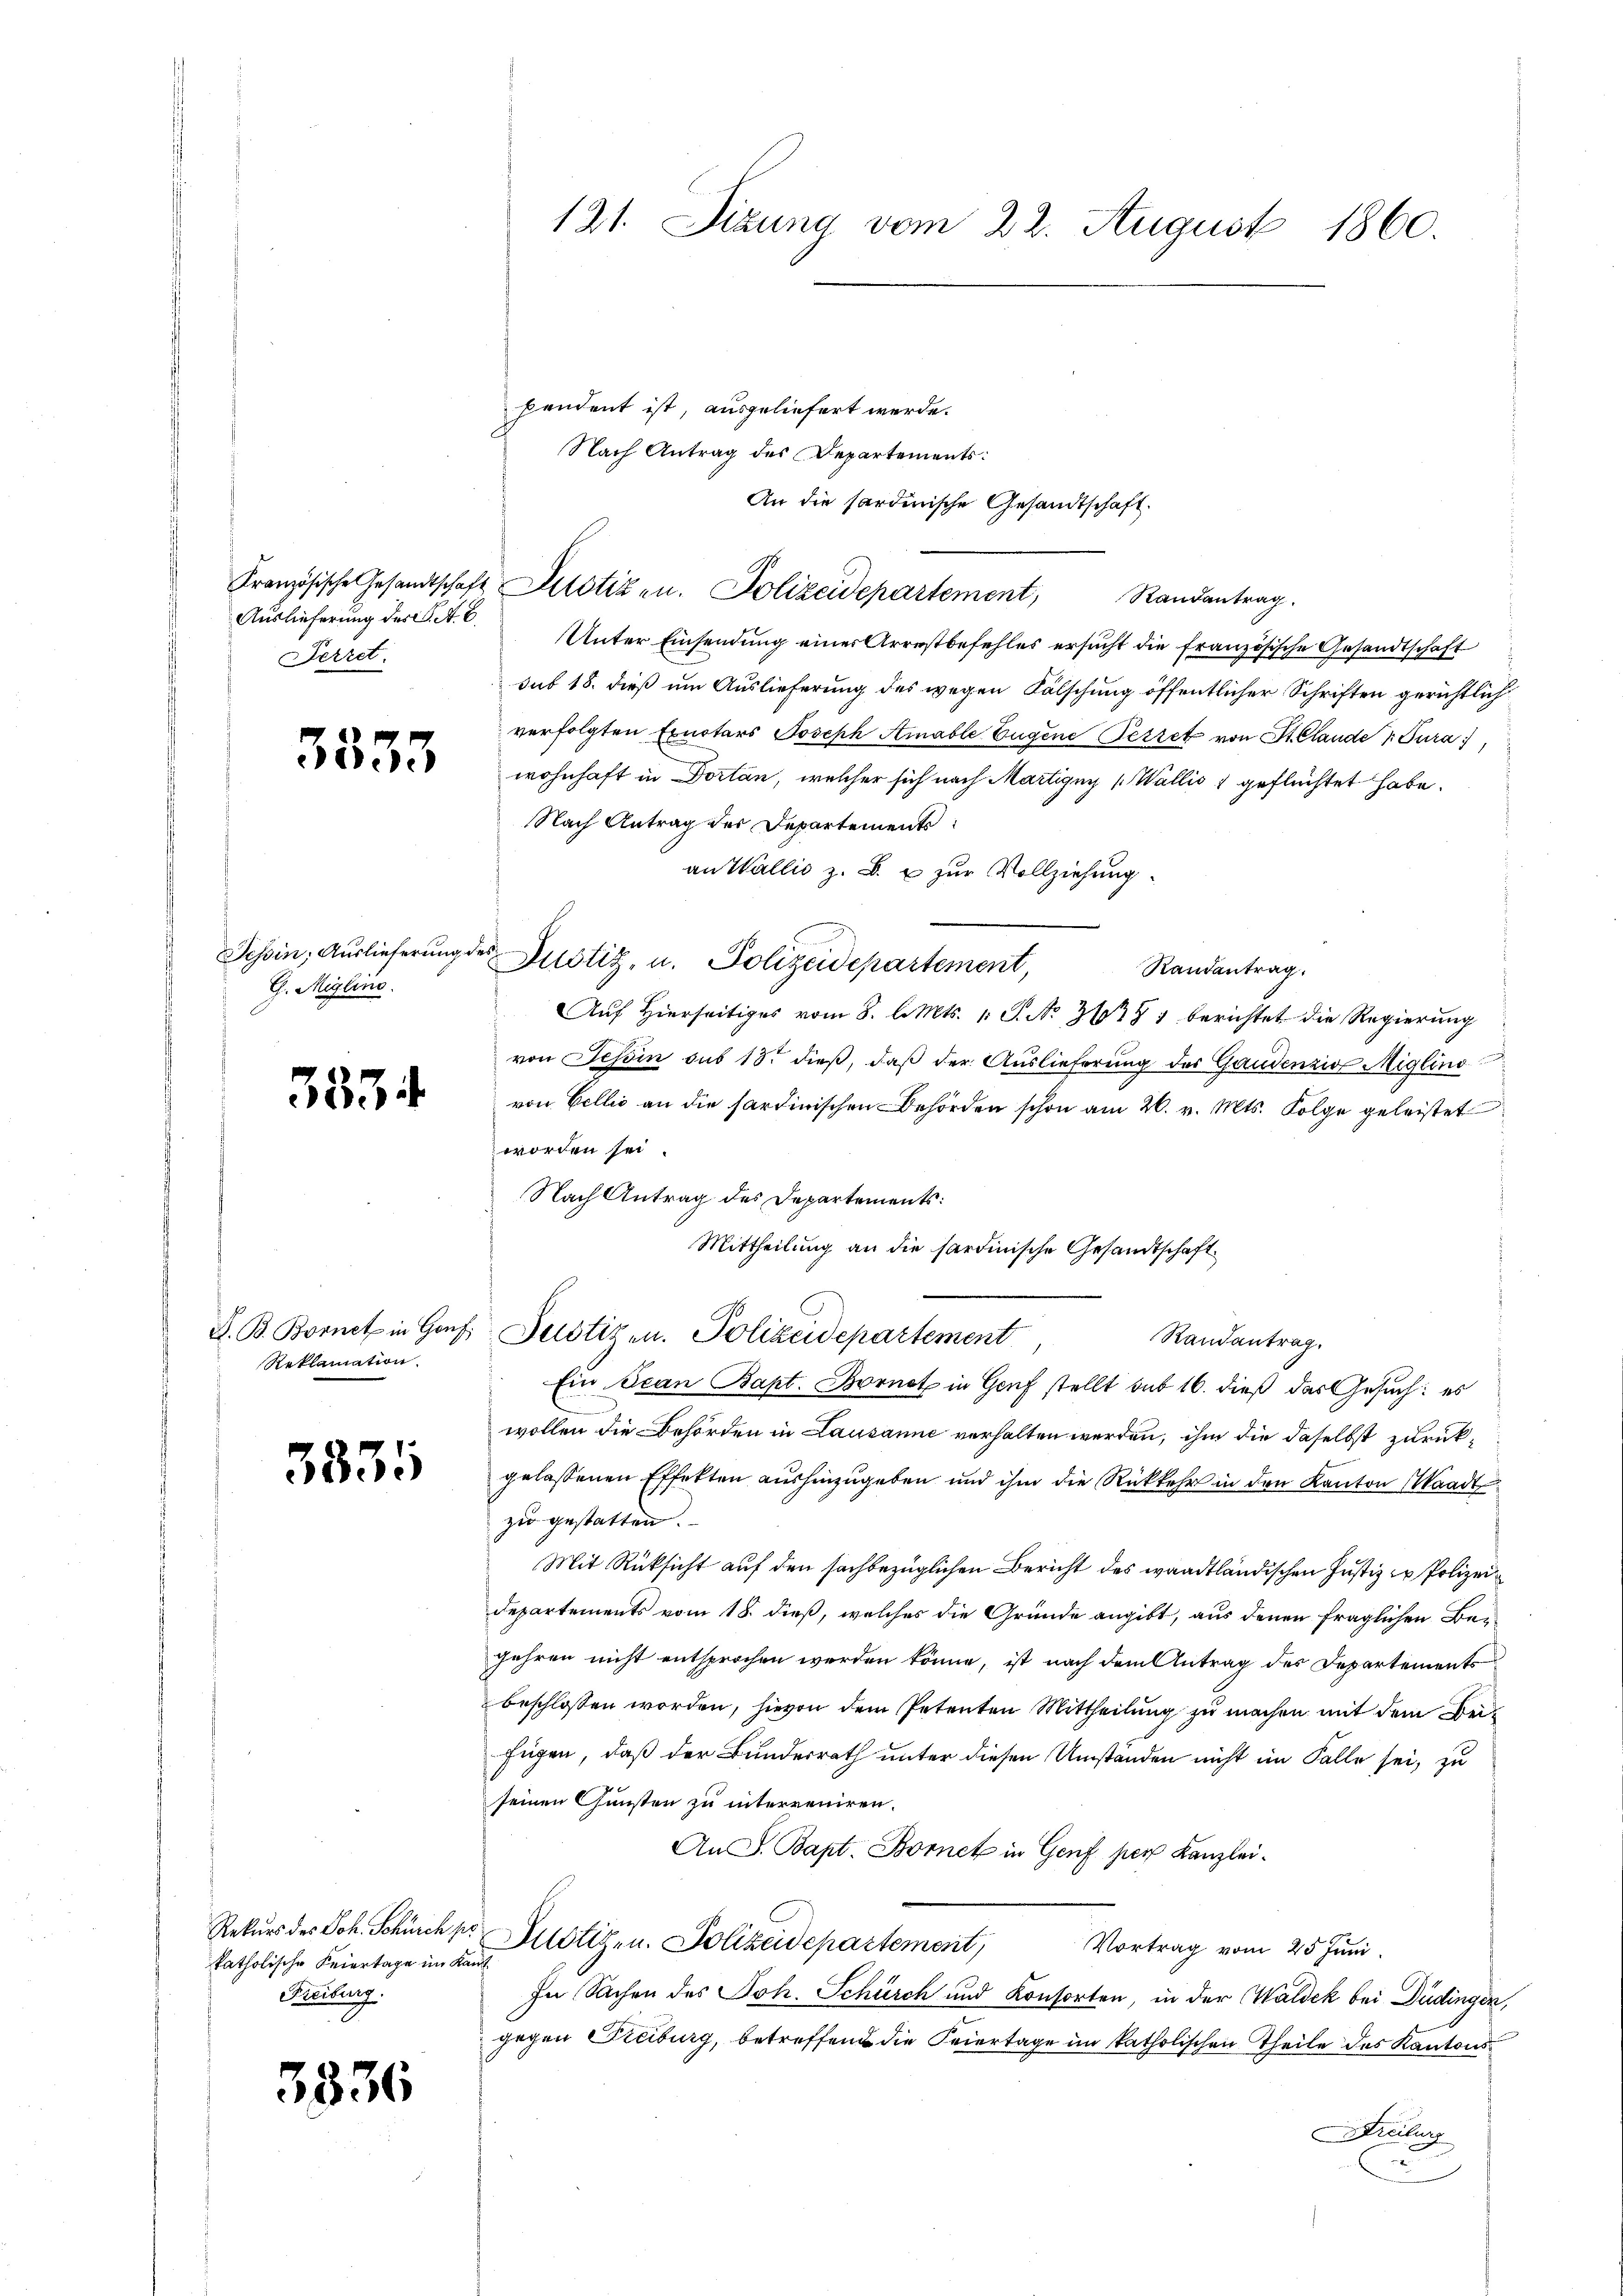
Französische Gesandtschaf
Auslieferung der K. A. E.
Perret.

3333

Tessin, Auslieferung.
G. Miglino.

3534

D. B. Bornet in Gou
Reklamation

3335

Rekurs des Joh. Schürch p.
katholische Feiertage im Ka
Freiburg.

5836

pendent ist, ausgeliefert werde.
Nach Antrag des Departements:
An die sardinische Gesandtschaft.
 Potizen. Polizeidepartement, Randantrag.
Unter Einsendung einer Arrestbefehles ersucht die französische Gesandtschaft
sub 18. dieß um Auslieferung des wegen Fälschung öffentlicher Schriften gerichtlich
verfolgten Exnotars Joseph Amable Eugene Petzet von St. Claude   Tura
wohnhaft in Portan, welcher sich nach Martigny (Wallis 1 geflüchtet habe.
Nach Antrag des Departements
an Wallis z. B. u zur Vollziehung.
Sec
Justiz, u. Polizeidepartement,
Randantrag.
Auf Hierseitiges vom 8. d. Mts. 1. P. No 36785 berichtet die Regierung
von Tessin sub 18. dieß, daß der Auslieferung des Gandenzio Miglino
von Cellis an die sardinischen Behörden schon am 26. v. Mts. Folge geleistet
worden sei.
Nach Antrag des Departements:
Mittheilung an die sardinische Gesandtschaft
Justizen. Polizeidepartement
Randantrag.
Ein Scan Bapt. Bornot in Genf stellt sub 16. dieß das Gesuch: es
wollen die Behörden in Lausanne verhalten werden, ihm die daselbst zurückgelassenen Effekten aushinzugeben und ihm die Rückkehr in den Kanton Waadt
zu gestatten.
Mit Rücksicht auf den sachbezüglichen Bericht des waadtländischen Justiz zu Polizei¬
Departements vom 18. dieß, welches die Gründe angibt, aus denen fraglichen Begehren nicht entsprochen werden könne, ist nach dem Antrag des Departements
beschlossen worden, hievon dem Petenten Mittheilung zu machen mit dem Befügen, daß der Bundesrath unter diesen Umständen nicht im Falle sei, zu
seinen Gunsten zu interreniren.
An S. Bapt. Bornet in Genf per Kanzlei-
Allötig, u. Polizeidepartement, Vortrag vom 25 Juni
.
In Sachen des Joh. Schürch und Konsorten, in der Waldek bei Düdingen,
gegen Freiburg, betreffend die Feiertage im katholischen Theile des Kantonsreiburg

121. Sizung vom 22. August 1860.